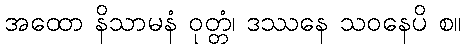
အထော နိသာမနံ ဝုတ္တံ၊ ဒဿနေ သဝနေပိ စ။